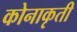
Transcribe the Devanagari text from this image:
कोनाकृती